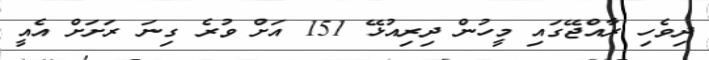
ދިވެހި ރާއްޖޭގައި މީހުން ދިރިއުޅޭ 151 އަށް ވުރެ ގިނަ ރަށަށް އެއީ